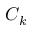
C _ { k }